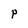
Character: P